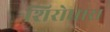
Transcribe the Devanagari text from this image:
शिरोधारा